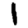
Digit: 1